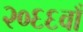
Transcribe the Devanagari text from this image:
२०६६वाँ